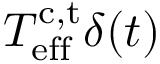
T _ { \mathrm { e f f } } ^ { \mathrm { c , t } } \delta ( t )